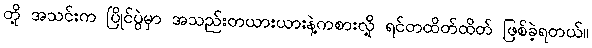
တို့ အသင်းက ပြိုင်ပွဲမှာ အသည်းတယားယားနဲ့ကစားလို့ ရင်တထိတ်ထိတ် ဖြစ်ခဲ့ရတယ်။